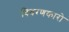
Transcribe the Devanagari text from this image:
विवरणकारो